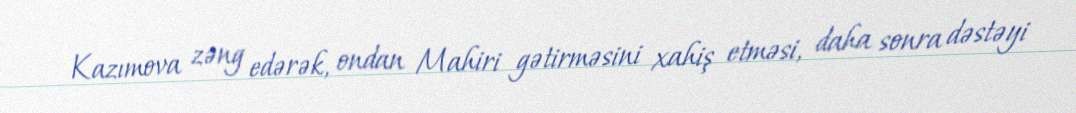
Kazımova zəng edərək, ondan Mahiri gətirməsini xahiş etməsi, daha sonra dəstəyi